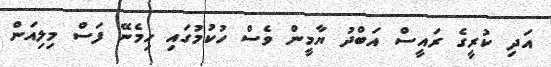
އަދި ކުރީގެ ރައީސް އަބްދު ޔާމީން ވެސް ހުކުމުގައި ހިމެނޭ ފަސް މިލިއަން